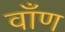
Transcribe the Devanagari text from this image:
वाँण